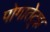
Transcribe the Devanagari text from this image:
पोगातेट्झ